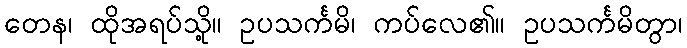
တေန၊ ထိုအရပ်သို့။ ဥပသင်္ကမိ၊ ကပ်လေ၏။ ဥပသင်္ကမိတွာ၊